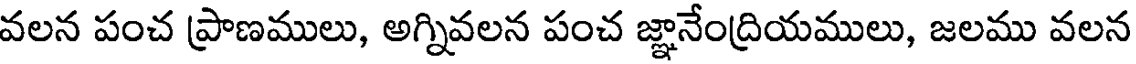
వలన పంచ ప్రాణములు, అగ్నివలన పంచ జ్ఞానేంద్రియములు, జలము వలన